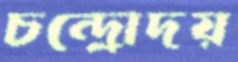
চন্দ্রোদয়